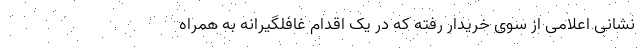
نشانی اعلامی از سوی خریدار رفته که در یک اقدام غافلگیرانه به همراه